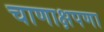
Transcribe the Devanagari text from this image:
चाणाक्षपणा